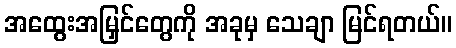
အထွေးအမြှင်တွေကို အခုမှ သေချာ မြင်ရတယ်။